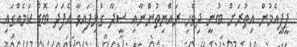
ޕީޕީއެމުން އިތުރަށް ބުނީ ދިވެހި ރައްޔިތުންނާއި ސީދާ ގުޅިފައިވާ އެފަދަ ބޮޑު ކަމެއްގައި